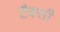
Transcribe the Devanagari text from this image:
टैक्सी